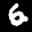
Label: 6